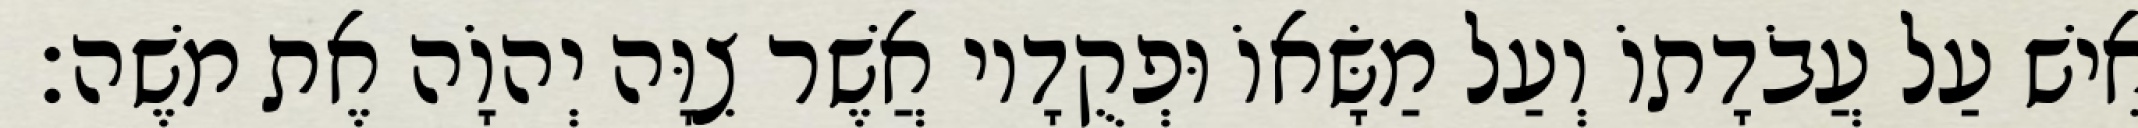
אִישׁ עַל עֲבֹדָתוֹ וְעַל מַשָּׂאוֹ וּפְקֻדָיו אֲשֶׁר צִוָּה יְהוָֹה אֶת משֶׁה׃